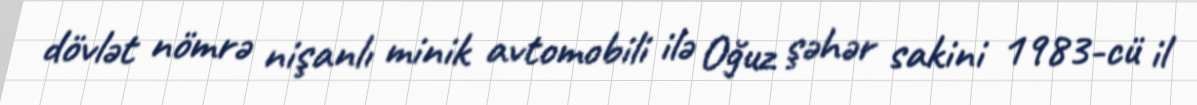
dövlət nömrə nişanlı minik avtomobili ilə Oğuz şəhər sakini 1983-cü il